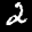
Label: 2